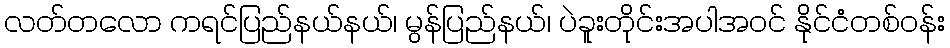
လတ်တလော ကရင်ပြည်နယ်နယ်၊ မွန်ပြည်နယ်၊ ပဲခူးတိုင်းအပါအဝင် နိုင်ငံတစ်ဝန်း